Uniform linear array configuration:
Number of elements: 4
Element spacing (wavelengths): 0.75
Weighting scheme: blackman
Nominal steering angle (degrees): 60
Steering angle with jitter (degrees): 61.083
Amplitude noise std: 0.05
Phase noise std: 0.05

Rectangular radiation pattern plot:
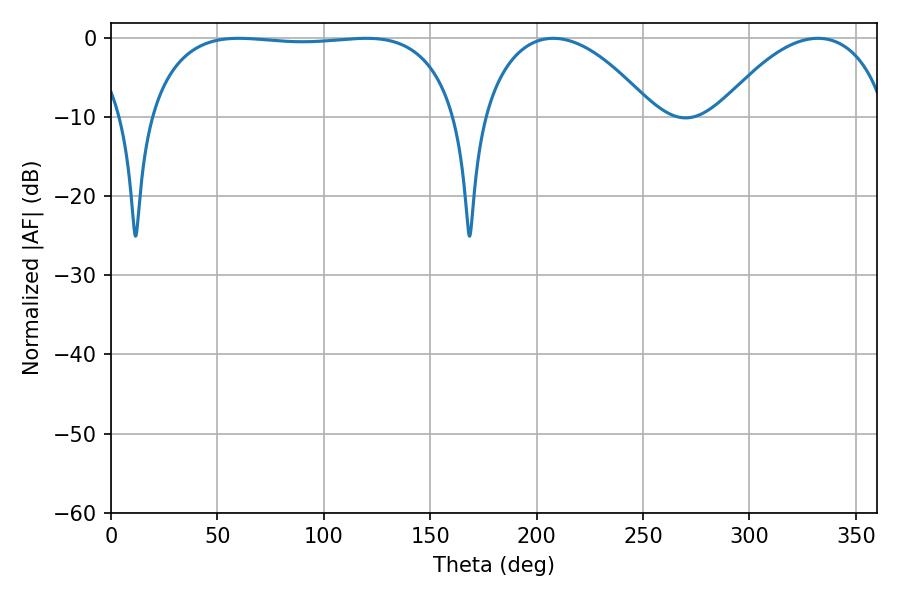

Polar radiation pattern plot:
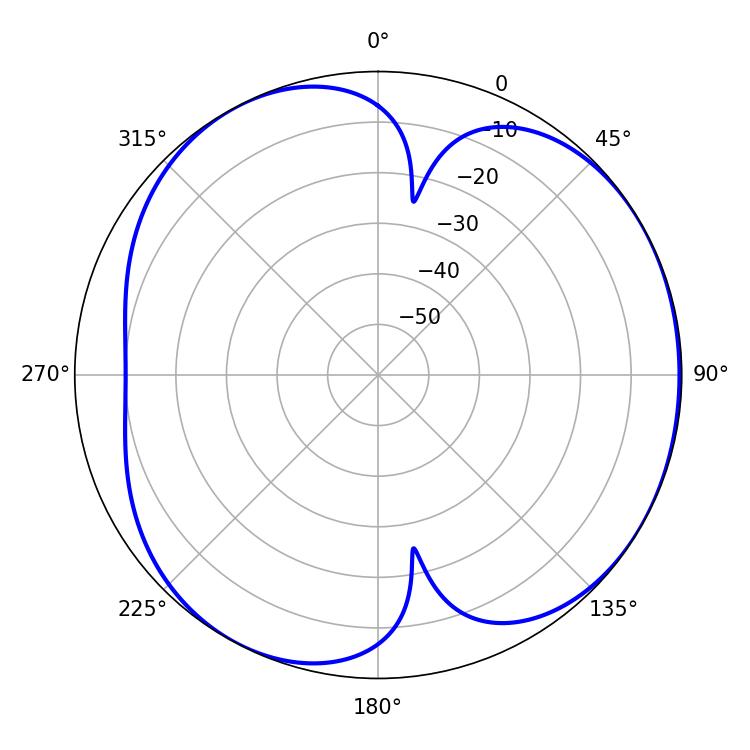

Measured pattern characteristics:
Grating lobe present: TRUE
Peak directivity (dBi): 4.477
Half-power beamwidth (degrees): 115.56
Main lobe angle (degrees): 60.12